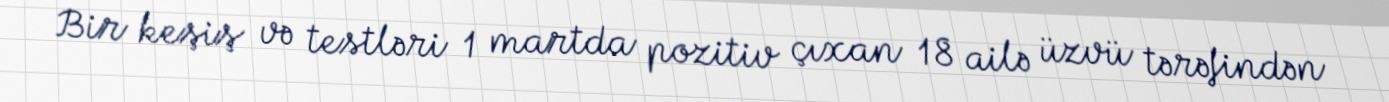
Bir keşiş və testləri 1 martda pozitiv çıxan 18 ailə üzvü tərəfindən